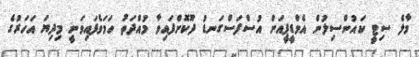
މާލެ ސިޓީ ކައުންސިލުން އެމްޑީޕީއަށް އުސްފަސްގަނޑު ދޫކޮށްފައިވާ މުއްދަތު ހަމަވެފައިވަނީ މިދިޔަ އަހަރުގެ